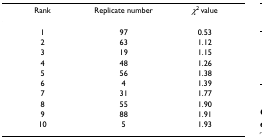
| Rank | Replicate number | χ2 value |
 | --- | --- | --- |
 | 1 | 97 | 0.53 |
 | 2 | 63 | 1.12 |
 | 3 | 19 | 1.15 |
 | 4 | 48 | 1.26 |
 | 5 | 56 | 1.38 |
 | 6 | 4 | 1.39 |
 | 7 | 31 | 1.77 |
 | 8 | 55 | 1.90 |
 | 9 | 88 | 1.91 |
 | 10 | 5 | 1.93 |